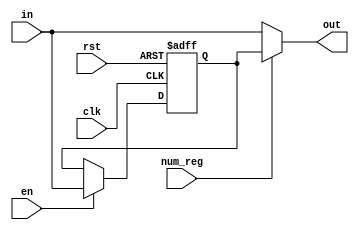
module regs (
    rst,clk,en,in,num_reg,out
);
    parameter RSTTYPE = "ASYNC";
    parameter WIDTH = 4;

    input rst,clk,en,num_reg;
    input [WIDTH-1:0] in;
    output [WIDTH-1:0] out;

    reg [WIDTH-1:0] out_temp;

    generate
        if(RSTTYPE == "SYNC") begin
            always @(posedge clk) begin
                if(rst) begin
                    out_temp <= 0;
                end
                else if(en)
                    out_temp <= in;
            end
        end
        else if(RSTTYPE == "ASYNC") begin
            always @(posedge clk or posedge rst) begin
                if(rst) begin
                    out_temp <= 0;
                end
                else if(en)
                    out_temp <= in;
            end
        end
    endgenerate

    assign out = (num_reg == 0) ? in : out_temp;

endmodule